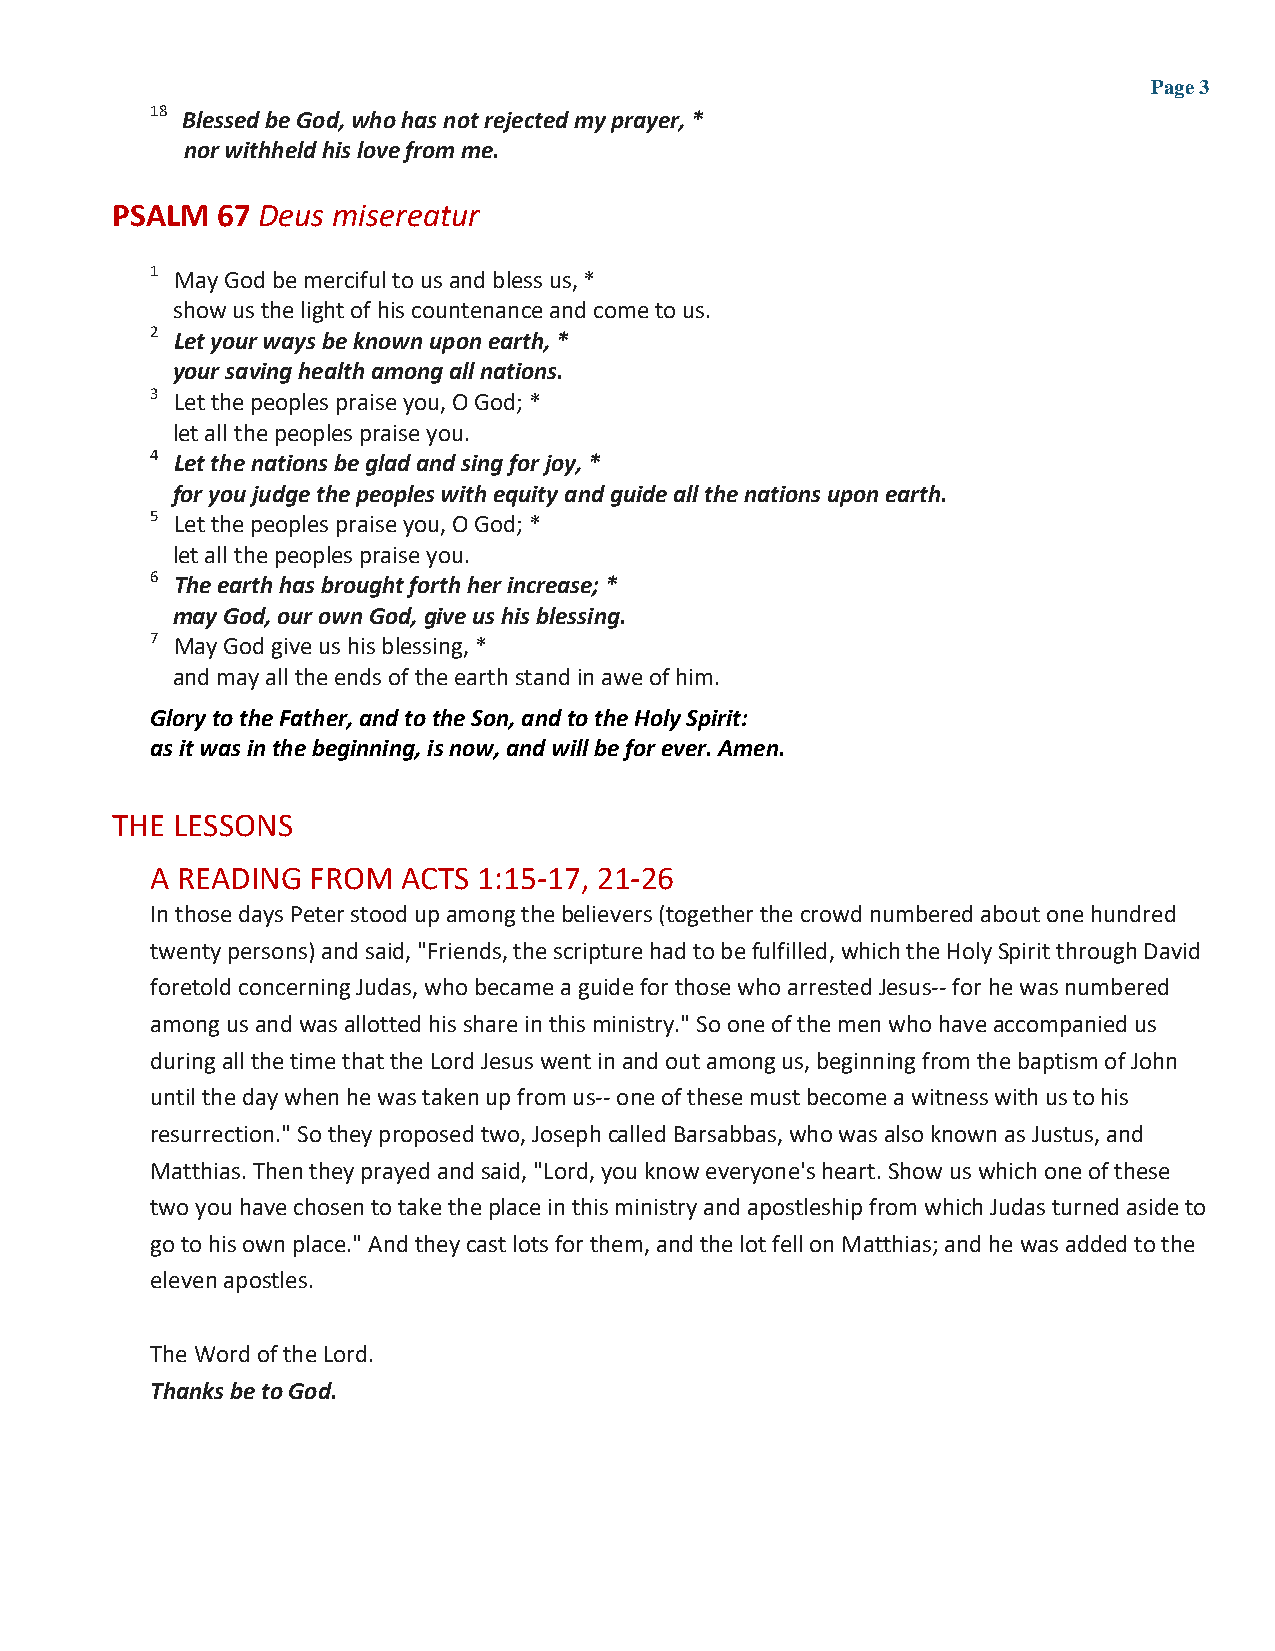
Page 3
 18 Blessed be God, who has not rejected my prayer, *
 nor withheld his love from me.
 PSALM  67 Deus misereatur
 1 May God be merciful to us and bless us, *
 show us the light of his countenance and come to us.
 2 Let your ways be known upon earth, *
 your saving health among all nations.
 3 Let the peoples praise you, O God; *
 let all the peoples praise you.
 4 Let the nations be glad and sing for joy, *
 for you judge the peoples with equity and guide all the nations upon earth.
 5 Let the peoples praise you, O God; *
 let all the peoples praise you.
 6 The earth has brought forth her increase; *
 may God, our own God, give us his blessing.
 7 May God give us his blessing, *
 and may all the ends of the earth stand in awe of him.
 Glory to the Father, and to the Son, and to the Holy Spirit:
 as it was in the beginning, is now, and will be for ever. Amen.
 THE LESSONS
 A READING FROM   ACTS 1:15-17, 21-26
 In those days Peter stood up among the believers (together the crowd numbered about one hundred
 twenty persons) and said, "Friends, the scripture had to be fulfilled, which the Holy Spirit through David
 foretold concerning Judas, who became a guide for those who arrested Jesus-- for he was numbered
 among us and was allotted his share in this ministry." So one of the men who have accompanied us
 during all the time that the Lord Jesus went in and out among us, beginning from the baptism of John
 until the day when he was taken up from us-- one of these must become a witness with us to his
 resurrection." So they proposed two, Joseph called Barsabbas, who was also known as Justus, and
 Matthias. Then they prayed and said, "Lord, you know everyone's heart. Show us which one of these
 two you have chosen to take the place in this ministry and apostleship from which Judas turned aside to
 go to his own place." And they cast lots for them, and the lot fell on Matthias; and he was added to the
 eleven apostles.
 The Word of the Lord.
 Thanks be to God.